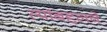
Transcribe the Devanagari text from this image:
त्यांबद्दलचे